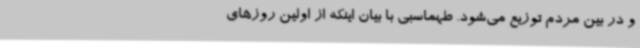
و در بین مردم توزیع می‌شود. طهماسبی با بیان اینکه از اولین روزهای